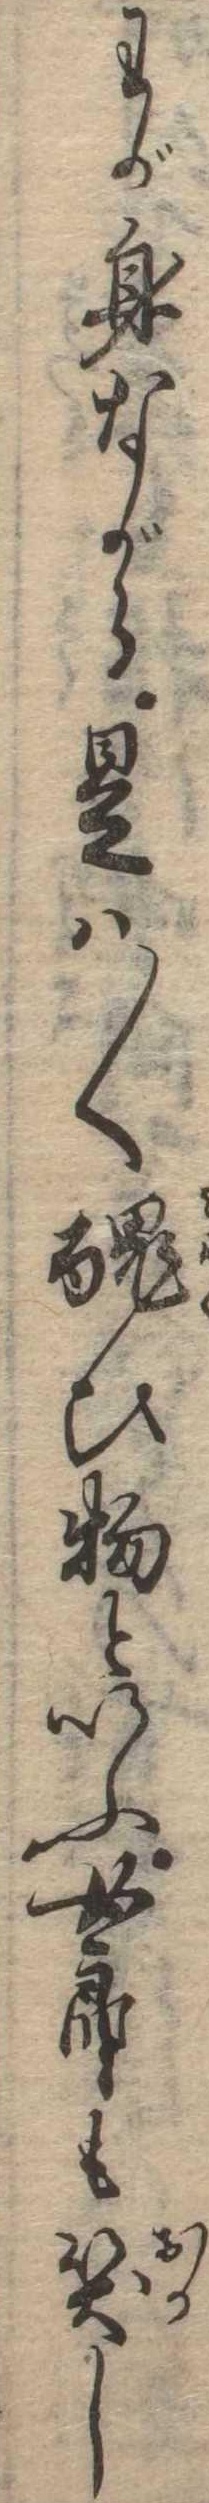
わが身ながら是は〱醜ひ物といふ女郎も笑し